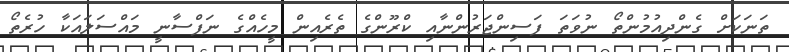
ތަނަކަށް ގެންދިއުމުންތޯ ނުވަތަ ފަސިންޖަރުންނާއި ކްރޫންގެ ތެރެއިން މީހެއްގެ ނަފްސާނީ މައްސަލައަކާ ހުރެތޯ